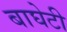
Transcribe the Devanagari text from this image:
बाघेटी